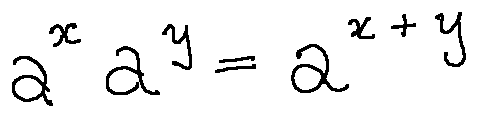
a ^ { x } a ^ { y } = a ^ { x + y }